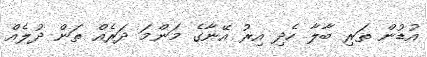
އުޑުން ތަރި ބާލާ ހެދި އިރު އޭނާގެ މަންމަ ދަރެއް ތަން ދުލެއް